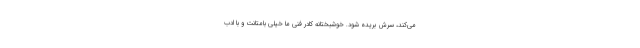
می‌کند، سرش بریده شود. خوشبختانه کادر فنی ما خیلی بامتانت و با ادب